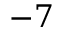
- 7